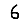
Digit: 6